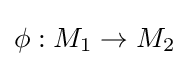
\phi :M_{1}\to M_{2}